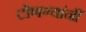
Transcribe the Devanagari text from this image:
टोणग्यांनीं